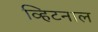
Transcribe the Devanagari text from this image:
व्हिटनाल